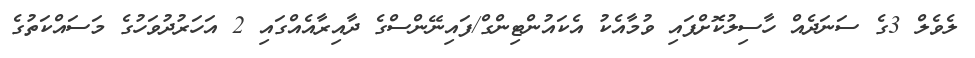
ލެވެލް 3ގެ ސަނަދެއް ހާސިލުކޮށްފައި ވުމާއެކު އެކައުންޓިންގް/ފައިނޭންސްގެ ދާއިރާއެއްގައި 2 އަހަރުދުވަހުގެ މަސައްކަތުގެ